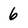
Character: 6